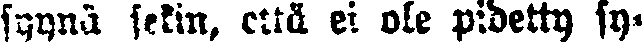
syynä sekin, että ei ole pidetty sy-